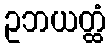
ဥဘယတ္ထံ